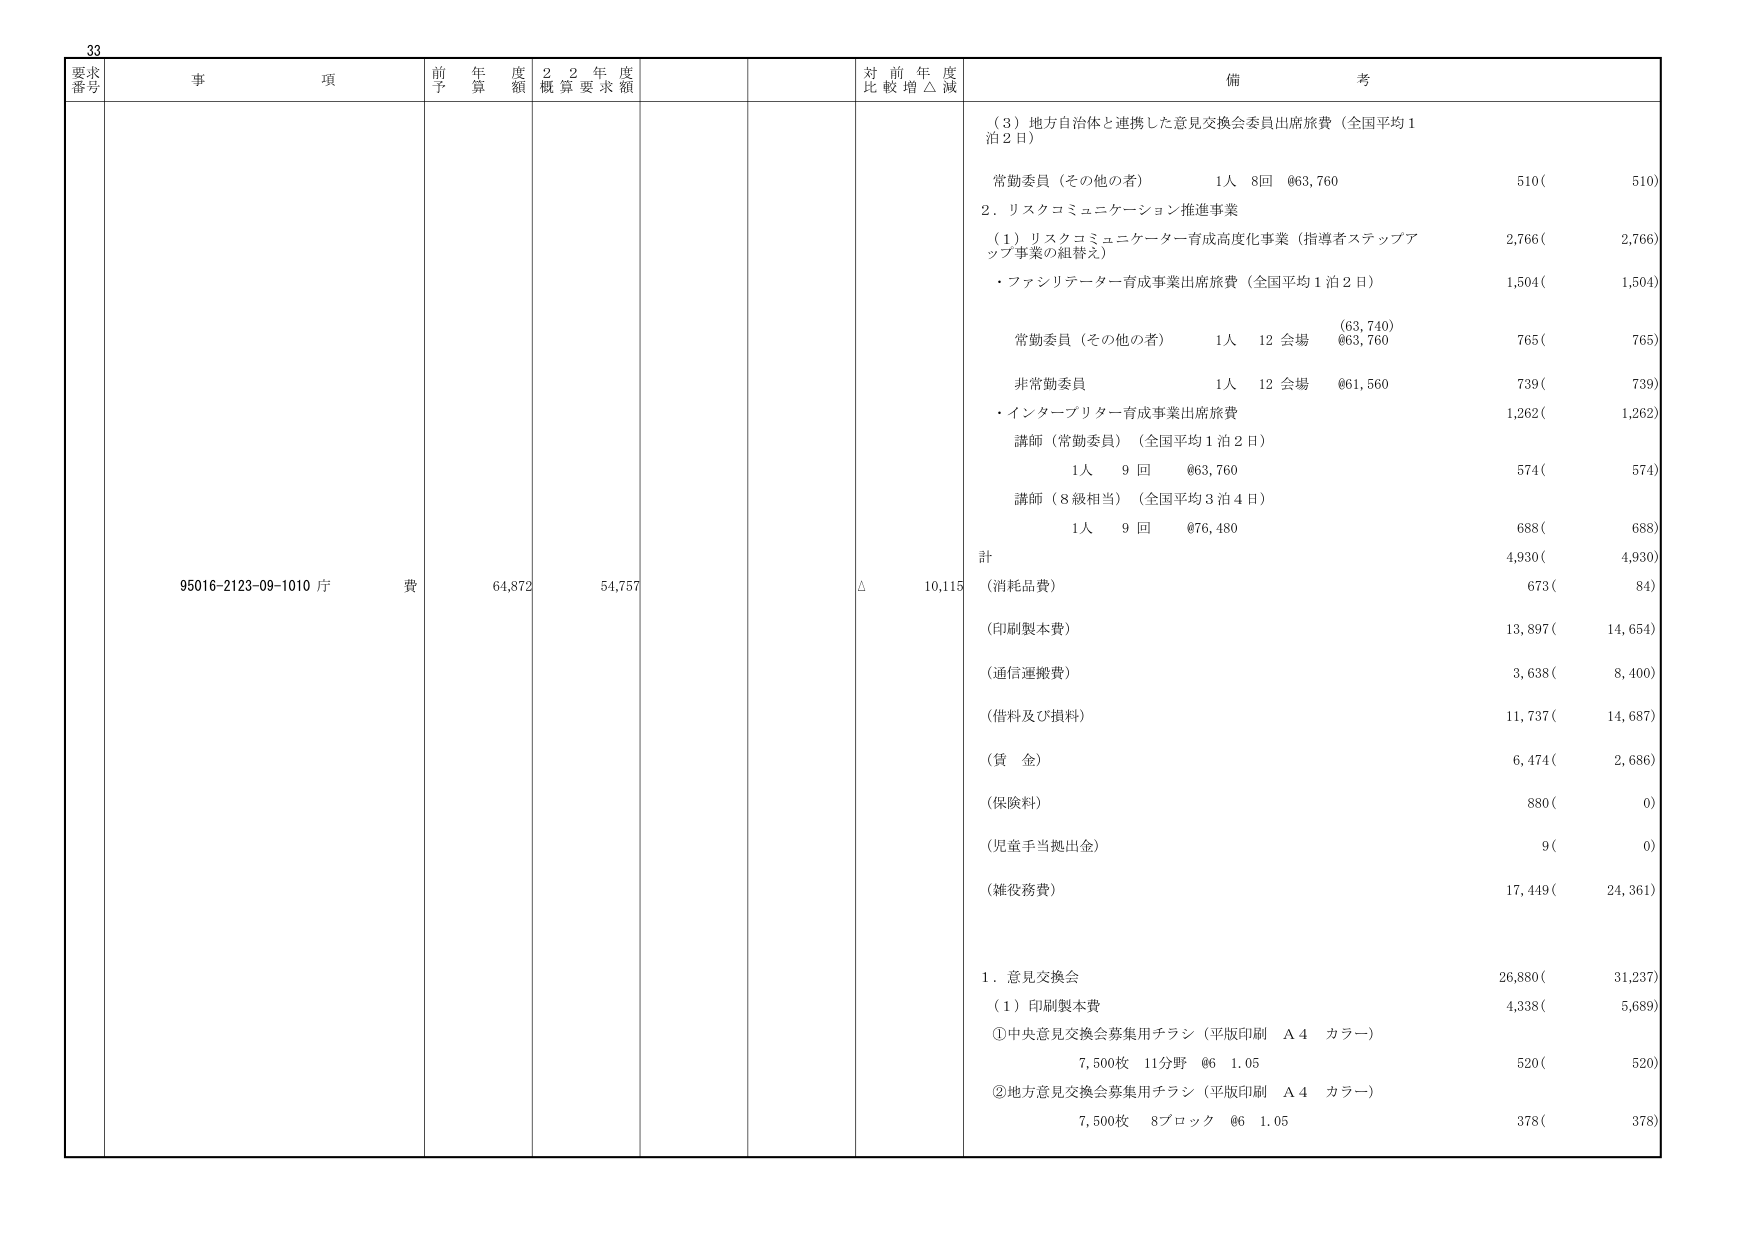
33
要求番号 事項 前年度予算額 22年度概算要求額 対前年度比較増△減 備考
（3）地方自治体と連携した意見交換会委員出席旅費（全国平均1泊2日）
常勤委員（その他の者） 1人 8回 @63,760 510( 510)
2．リスクコミュニケーション推進事業
（1）リスクコミュニケーター育成高度化事業（指導者ステップアップ事業の組替え） 2,766( 2,766)
・ファシリテーター育成事業出席旅費（全国平均1泊2日） 1,504( 1,504)
常勤委員（その他の者） 1人 12会場 (63,740) @63,760 765( 765)
非常勤委員 1人 12会場 @61,560 739( 739)
・インタープリター育成事業出席旅費 1,262( 1,262)
講師（常勤委員）（全国平均1泊2日）
1人 9回 @63,760 574( 574)
講師（8級相当）（全国平均3泊4日）
1人 9回 @76,480 688( 688)
計 4,930( 4,930)
95016-2123-09-1010 庁費 64,872 54,757 △ 10,115 （消耗品費） 673( 84)
（印刷製本費） 13,897( 14,654)
（通信運搬費） 3,638( 8,400)
（借料及び損料） 11,737( 14,687)
（賃金） 6,474( 2,686)
（保険料） 880( 0)
（児童手当拠出金） 9( 0)
（雑役務費） 17,449( 24,361)
1．意見交換会 26,880( 31,237)
（1）印刷製本費 4,338( 5,689)
①中央意見交換会募集用チラシ（平版印刷 A4 カラー）
7,500枚 11分野 @6 1.05 520( 520)
②地方意見交換会募集用チラシ（平版印刷 A4 カラー）
7,500枚 8ブロック @6 1.05 378( 378)